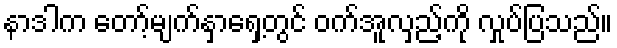
နာဒါက တော့်မျက်နှာရှေ့တွင် ဝက်အူလှည့်ကို လှုပ်ပြသည်။